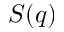
S ( q )